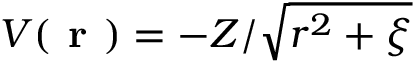
V ( \textbf { r } ) = - Z / \sqrt { r ^ { 2 } + \xi }